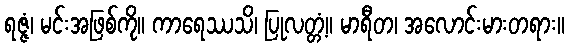
ရဇ္ဇံ၊ မင်းအဖြစ်ကို။ ကာရေဿသိ၊ ပြုလတ္တံ့။ မာရီတ၊ အလောင်းမားတရား။